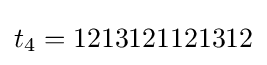
t_{4}=1213121121312